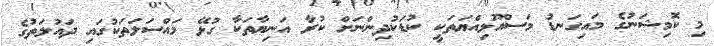
މި ކޮމިޝަނުގެ މައިގަނޑު މަސްއޫލިއްޔަތަކީ ކުޑަކުދިންނަށް ކުރާ އަނިޔާތަކާ ގުޅޭ މައްސަލަތަކުގައި ދައުލަތުގެ